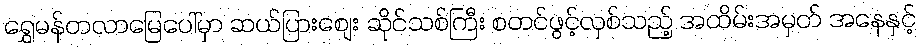
ရွှေမန်တလာမြေပေါ်မှာ ဆယ်ပြားစျေး ဆိုင်သစ်ကြီး စတင်ဖွင့်လှစ်သည့် အထိမ်းအမှတ် အနေနှင့်